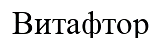
Витафтор